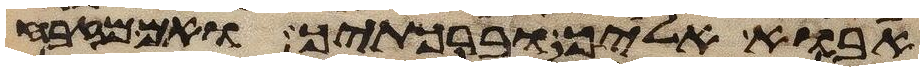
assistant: אבוא אליך וברכתיך ואם מזבח